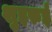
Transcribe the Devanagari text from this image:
शुइरुई